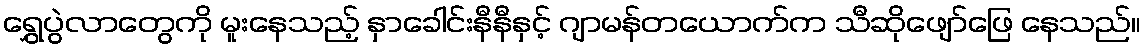
ရွှေပွဲလာတွေကို မူးနေသည့် နှာခေါင်းနီနီနှင့် ဂျာမန်တယောက်က သီဆိုဖျော်ဖြေ နေသည်။